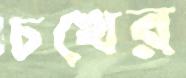
চখের